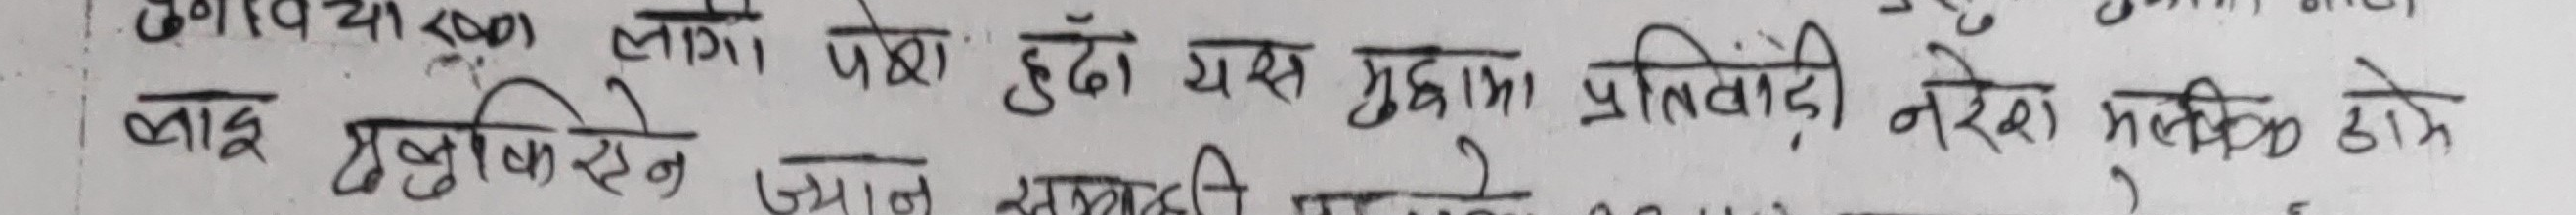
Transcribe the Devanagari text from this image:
तगाबिया ५००) लागि पेश हुदँ यस मुद्दामा प्रतिवादी नरेश
लाइ दक्षिणसेन उमान खानदानी मालिक होतें